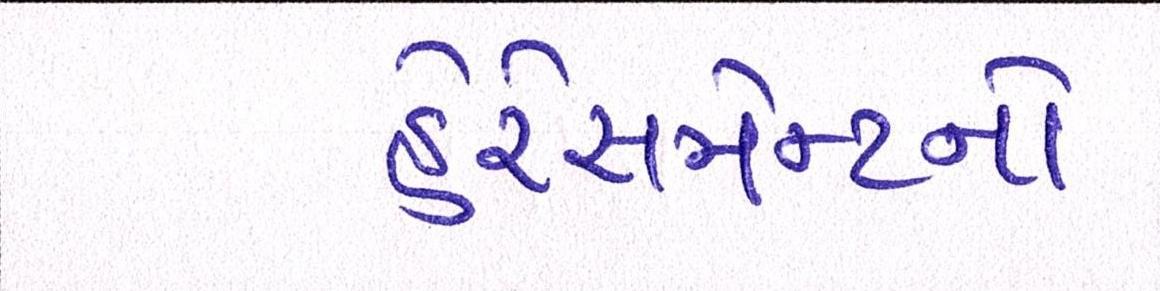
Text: હેરેસમેન્ટનો